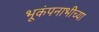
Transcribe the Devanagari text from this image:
भूकंपनाभीच्या